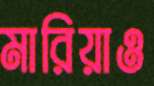
মারিয়াও